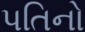
પતિનો